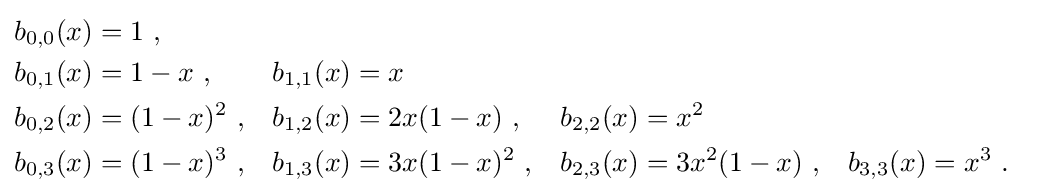
{\begin{aligned}b_{0,0}(x)&=1\ ,\\b_{0,1}(x)&=1-x\ ,&b_{1,1}(x)&=x\\b_{0,2}(x)&=(1-x)^{2}\ ,&b_{1,2}(x)&=2x(1-x)\ ,&b_{2,2}(x)&=x^{2}\\b_{0,3}(x)&=(1-x)^{3}\ ,&b_{1,3}(x)&=3x(1-x)^{2}\ ,&b_{2,3}(x)&=3x^{2}(1-x)\ ,&b_{3,3}(x)&=x^{3}~.\end{aligned}}